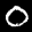
Label: 0